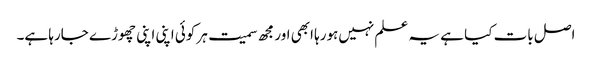
اصل بات کیا ہے یہ علم نہیں‌ہورہا ابھی اور مجھ سمیت ہر کوئی اپنی اپنی چھوڑے جارہا ہے۔